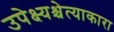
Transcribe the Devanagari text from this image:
उपेक्ष्यश्चेत्याकारा